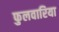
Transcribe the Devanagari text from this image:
फुलवारिया